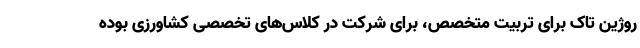
روژین تاک برای تربیت متخصص، برای شرکت در کلاس‌های تخصصی کشاورزی بوده